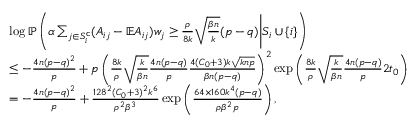
\begin{array} { r l } & { \log \mathbb { P } \left( \alpha \sum _ { j \in S _ { i } ^ { \mathsf { c } } } ( A _ { i j } - \mathbb { E } A _ { i j } ) w _ { j } \geq \frac { \rho } { 8 k } \sqrt { \frac { \beta n } { k } } ( p - q ) \Bigg | S _ { i } \cup \{ i \} \right) } \\ & { \leq - \frac { 4 n ( p - q ) ^ { 2 } } { p } + p \left( \frac { 8 k } { \rho } \sqrt { \frac { k } { \beta n } } \frac { 4 n ( p - q ) } { p } \frac { 4 ( C _ { 0 } + 3 ) k \sqrt { k n p } } { \beta n ( p - q ) } \right) ^ { 2 } \exp \left( \frac { 8 k } { \rho } \sqrt { \frac { k } { \beta n } } \frac { 4 n ( p - q ) } { p } 2 t _ { 0 } \right) } \\ & { = - \frac { 4 n ( p - q ) ^ { 2 } } { p } + \frac { 1 2 8 ^ { 2 } ( C _ { 0 } + 3 ) ^ { 2 } k ^ { 6 } } { \rho ^ { 2 } \beta ^ { 3 } } \exp \left( \frac { 6 4 \times 1 6 0 k ^ { 4 } ( p - q ) } { \rho \beta ^ { 2 } p } \right) , } \end{array}